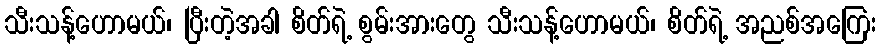
သီးသန့်ဟောမယ်၊ ပြီးတဲ့အခါ စိတ်ရဲ့ စွမ်းအားတွေ သီးသန့်ဟောမယ်၊ စိတ်ရဲ့ အညစ်အကြေး